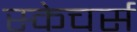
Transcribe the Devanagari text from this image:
स्केचर्स